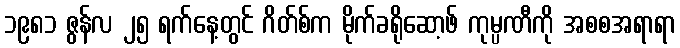
၁၉၈၁ ဇွန်လ ၂၅ ရက်နေ့တွင် ဂိတ်စ်က မိုက်ခရိုဆော့ဖ် ကုမ္ပဏီကို အစစအရာရာ